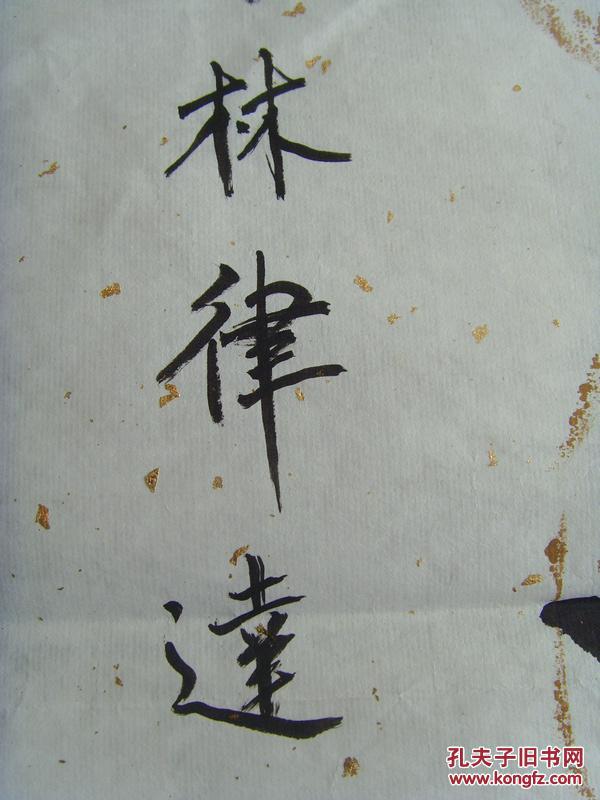
风吹古木晴天雨，月照平沙夏夜霜。